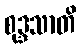
စုဒ္ဒသာတိ